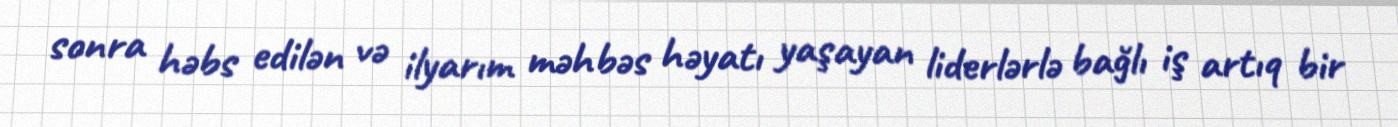
sonra həbs edilən və ilyarım məhbəs həyatı yaşayan liderlərlə bağlı iş artıq bir